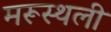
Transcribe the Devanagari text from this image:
मरूस्थली